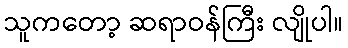
သူကတော့ ဆရာဝန်ကြီး လျိုပါ။